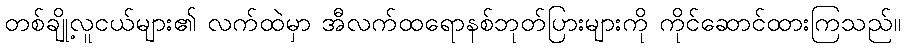
တစ်ချို့လူငယ်များ၏ လက်ထဲမှာ အီလက်ထရောနစ်ဘုတ်ပြားများကို ကိုင်ဆောင်ထားကြသည်။